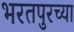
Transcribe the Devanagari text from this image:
भरतपुरच्या